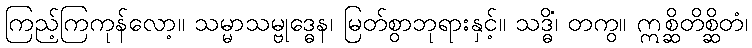
ကြည့်ကြကုန်လော့။ သမ္မာသမ္ဗုဒ္ဓေန၊ မြတ်စွာဘုရားနှင့်။ သဒ္ဓိံ၊ တကွ။ ဣစ္ဆိတိစ္ဆိတံ၊